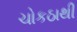
ચોકઠાથી